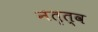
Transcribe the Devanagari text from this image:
नतृत्व